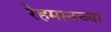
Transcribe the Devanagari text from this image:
रेहमानच्या